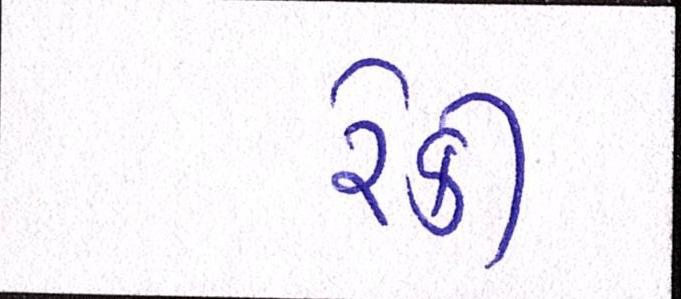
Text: રેકી